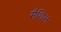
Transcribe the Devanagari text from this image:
मैथिलः